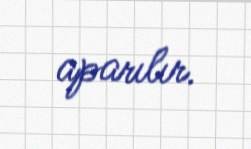
aparılır.